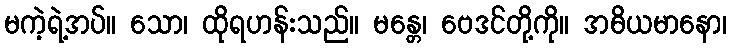
မကဲ့ရဲ့အပ်။ သော၊ ထိုရဟန်းသည်။ မန္တေ၊ ဗေဒင်တို့ကို။ အဓိယမာနော၊